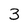
Character: 3